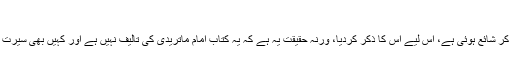
۵:-شرح الفقہ الأکبر
اس نام سے چونکہ امام ماتریدیؒ کی طرف کتاب منسوب ہو کر شائع ہوئی ہے، اس لیے اس کا ذکر کردیا، ورنہ حقیقت یہ ہے کہ یہ کتاب امام ماتریدیؒ کی تالیف نہیں ہے اور کہیں بھی سیرت نگاروں نے اس نام کی کتاب ان کی طرف منسوب نہیں کی۔